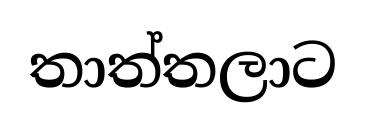
තාත්තලාට